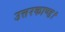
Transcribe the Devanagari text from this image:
उत्तरकाण्ड।